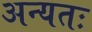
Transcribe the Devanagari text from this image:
अन्यतः